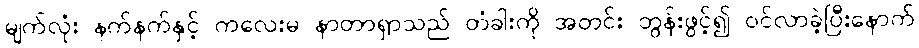
မျက်လုံး နက်နက်နှင့် ကလေးမ နာတာရှာသည် တံခါးကို အတင်း တွန်းဖွင့်၍ ဝင်လာခဲ့ပြီးနောက်